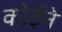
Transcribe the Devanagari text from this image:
कोईने